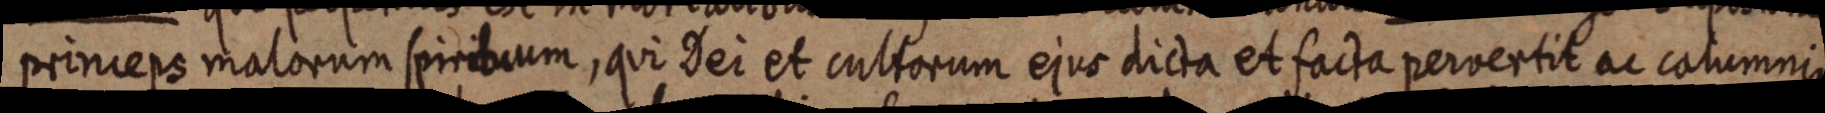
princeps malorum spiribium, qui Dei et cultorum ejus dicta et facta pervertit ac calumunia